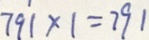
7 9 1 \times 1 = 7 9 1